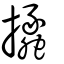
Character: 攭